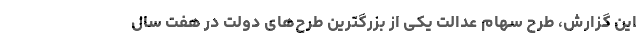
این گزارش، طرح سهام عدالت یکی از بزرگترین طرح‌های دولت در هفت سال